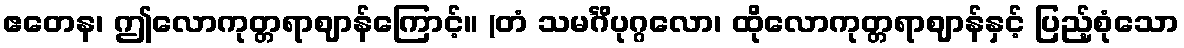
ဧတေန၊ ဤလောကုတ္တရာဈာန်ကြောင့်။ (တံ သမင်္ဂိပုဂ္ဂလော၊ ထိုလောကုတ္တရာဈာန်နှင့် ပြည့်စုံသော